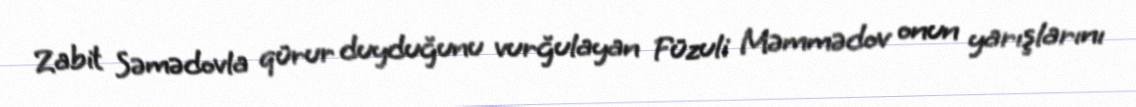
Zabit Səmədovla qürur duyduğunu vurğulayan Füzuli Məmmədov onun yarışlarını